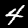
Label: 4